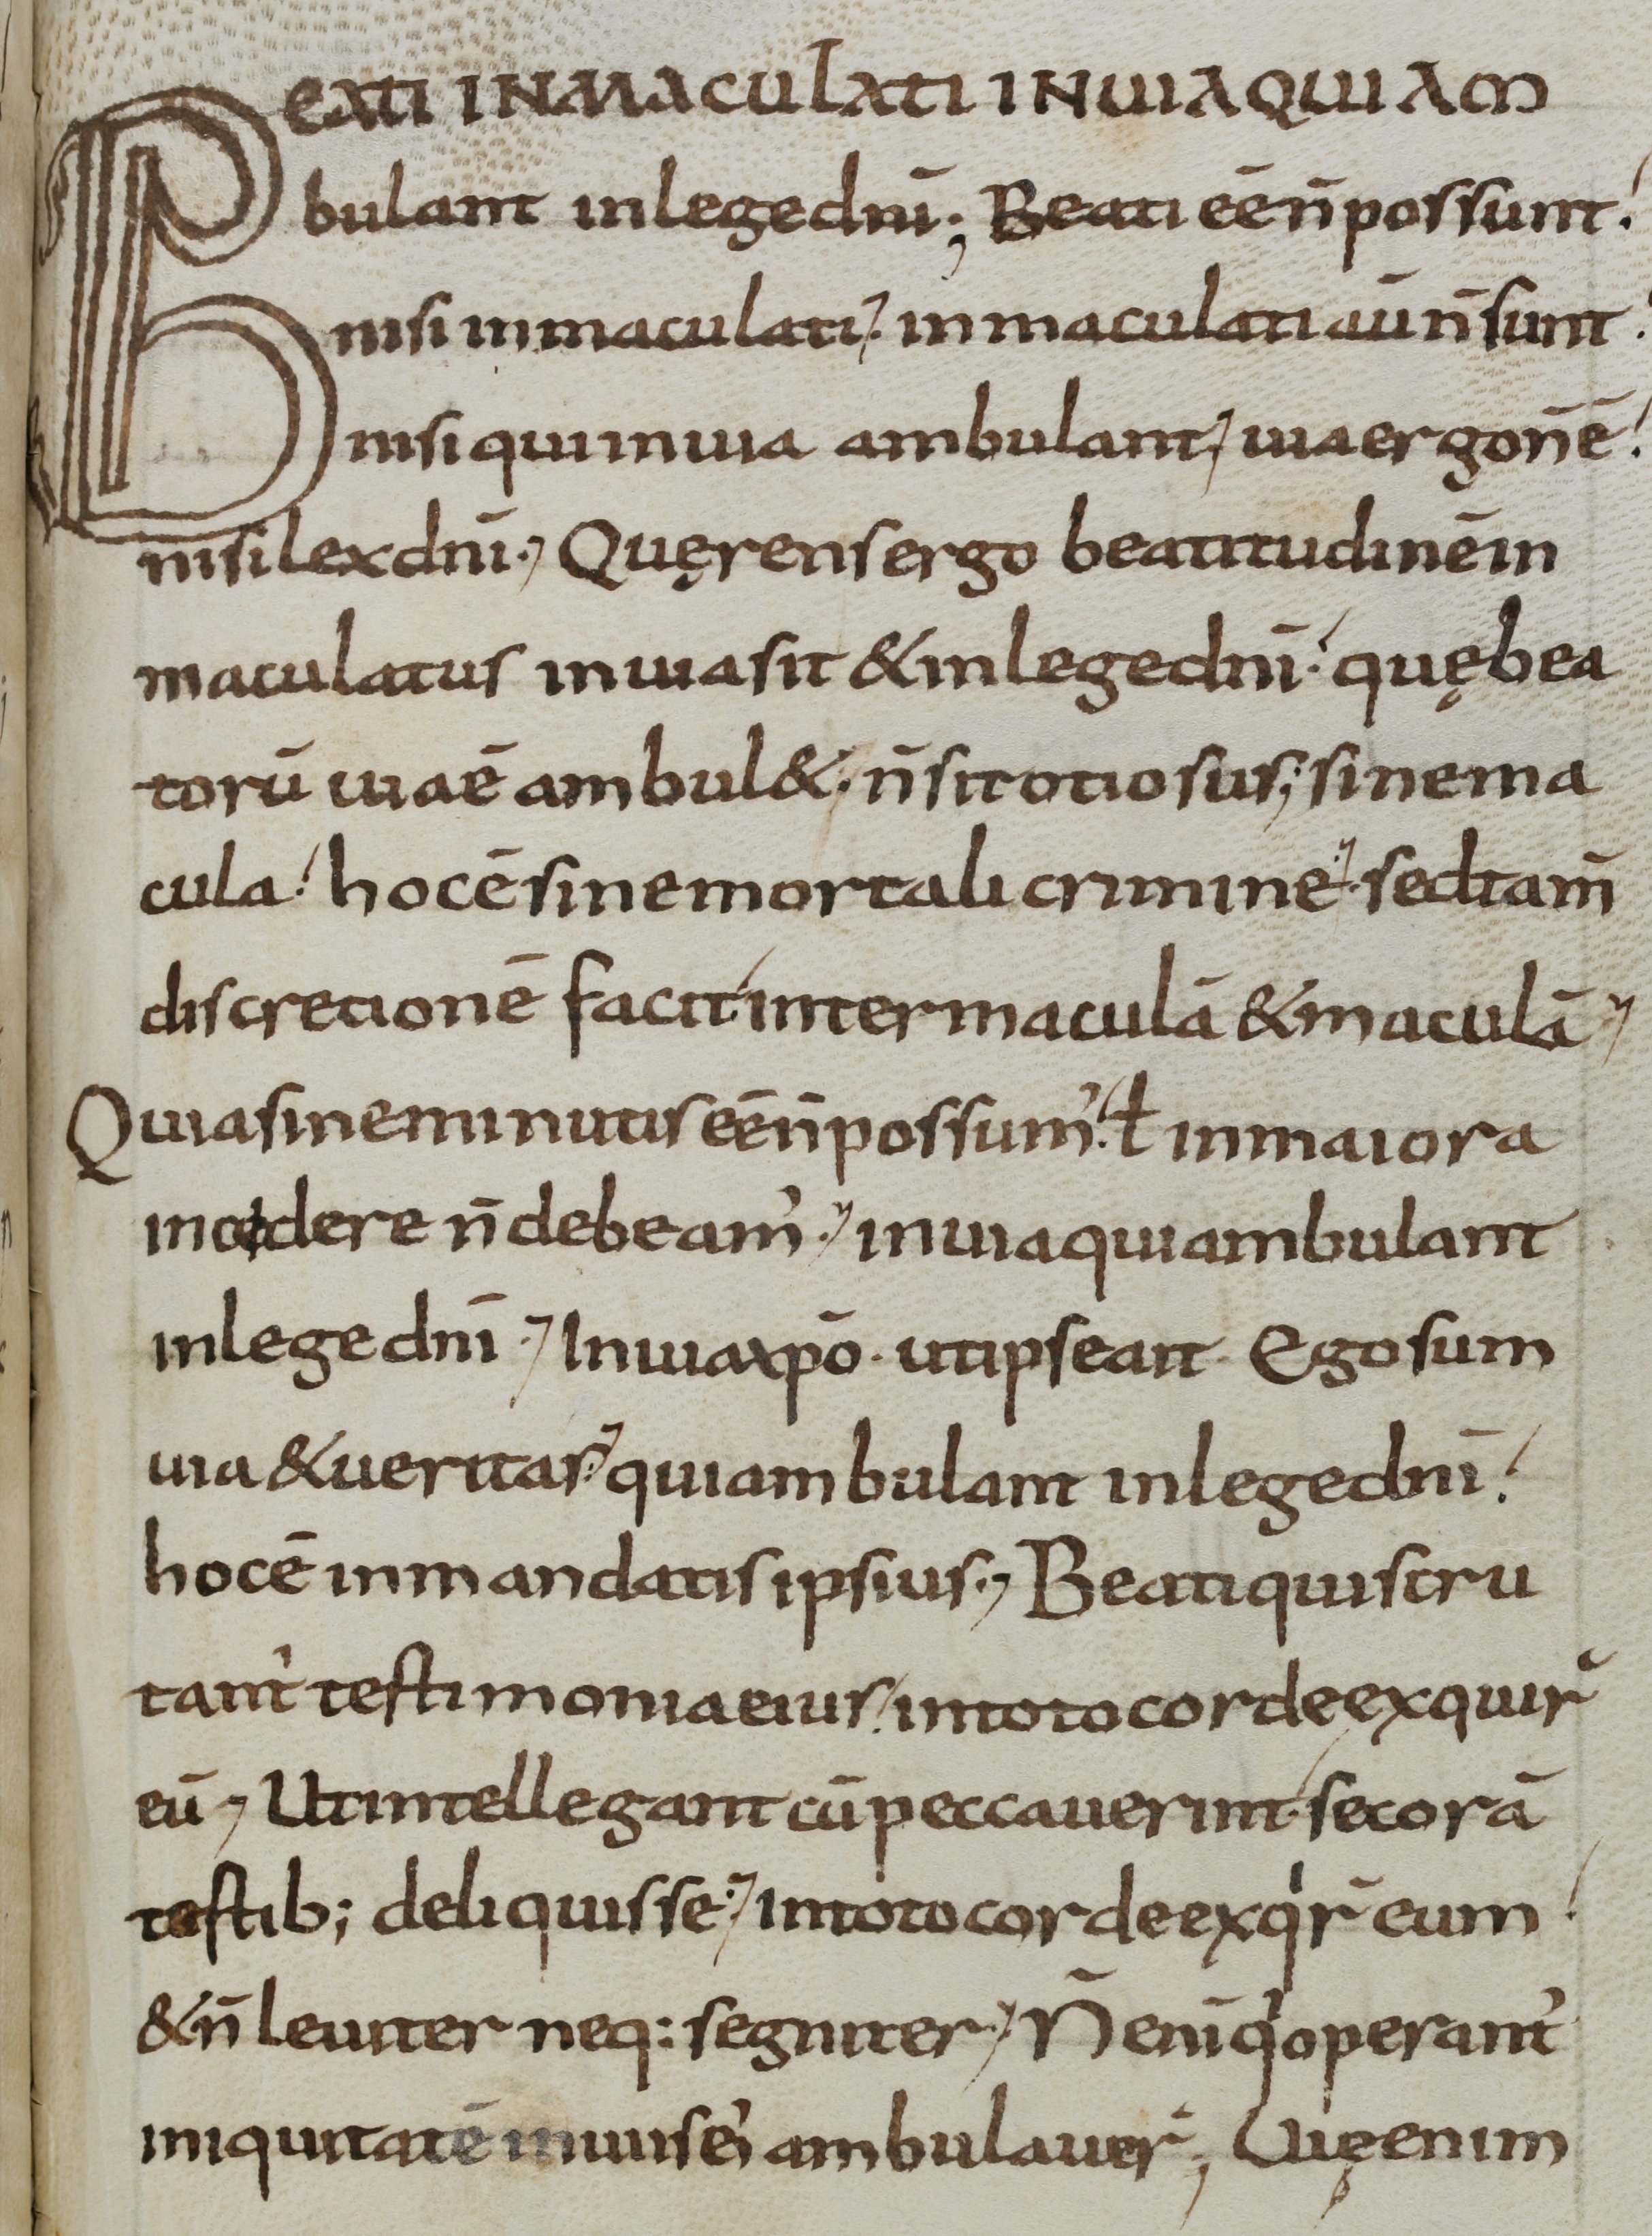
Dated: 900–999